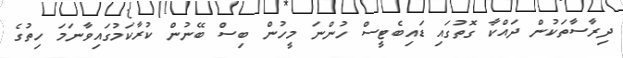
ދިރާސާތަކުން ދައްކާ ގޮތުގައި ޑައިބެޓީސް ހުންނަ މީހުން ބިސް ބޭނުން ކުރާކަމުގައިވާނަމަ ހިތުގެ